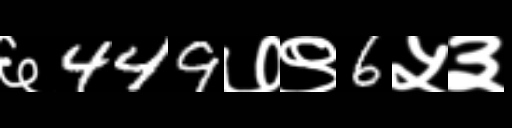
Text: ६449७९6५३